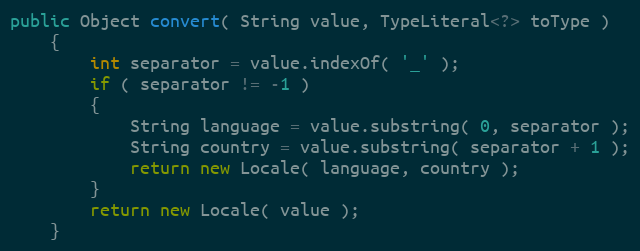
Language: Java
public Object convert( String value, TypeLiteral<?> toType )
    {
        int separator = value.indexOf( '_' );
        if ( separator != -1 )
        {
            String language = value.substring( 0, separator );
            String country = value.substring( separator + 1 );
            return new Locale( language, country );
        }
        return new Locale( value );
    }